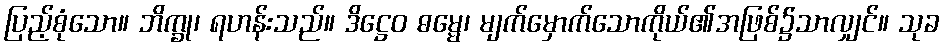
ပြည့်စုံသော။ ဘိက္ခု၊ ရဟန်းသည်။ ဒိဋ္ဌေဝ ဓမ္မေ၊ မျက်မှောက်သောကိုယ်၏အဖြစ်၌သာလျှင်။ သုခ